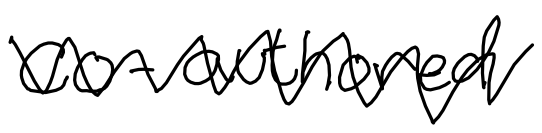
Text: co-authored
Cross-out: zig-zag
Writing tool: digital_black